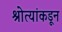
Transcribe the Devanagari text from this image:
श्रोत्यांकडून